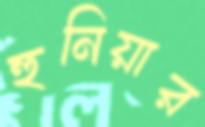
হুনিয়ার